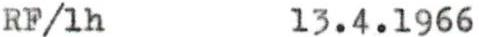
RF/1h 13.4.1966